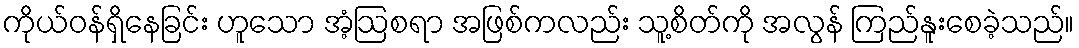
ကိုယ်ဝန်ရှိနေခြင်း ဟူသော အံ့ဩစရာ အဖြစ်ကလည်း သူ့စိတ်ကို အလွန် ကြည်နူးစေခဲ့သည်။